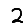
Digit: 2